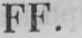
FF.